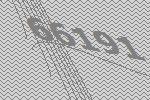
66191